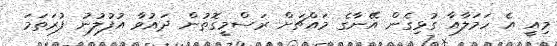
މިއީ އެ ހަމަލާއާ ގުޅިގެން އޭނާގެ މައްޗަށް ރަސްމީގޮތުން ދައުވާ އުފުލުނު ފުރަތަމަ